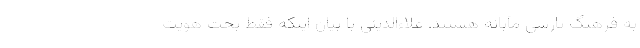
به فرهنگ پارسی مآبانه هستند. علاءالدینی با بیان اینکه فقط بحث هویت